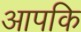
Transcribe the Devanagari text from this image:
आपकि